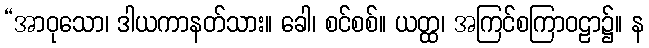
“အာဝုသော၊ ဒါယကာနတ်သား။ ခေါ၊ စင်စစ်။ ယတ္ထ၊ အကြင်စကြာဝဠာ၌။ န